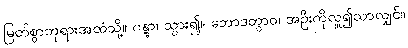
မြတ်စွာဘုရားအထံသို့။ ဂန္တွာ၊ သွား၍။ ဘောဒတွာဝ၊ အဦးကိုလှူ၍သာလျှင်။